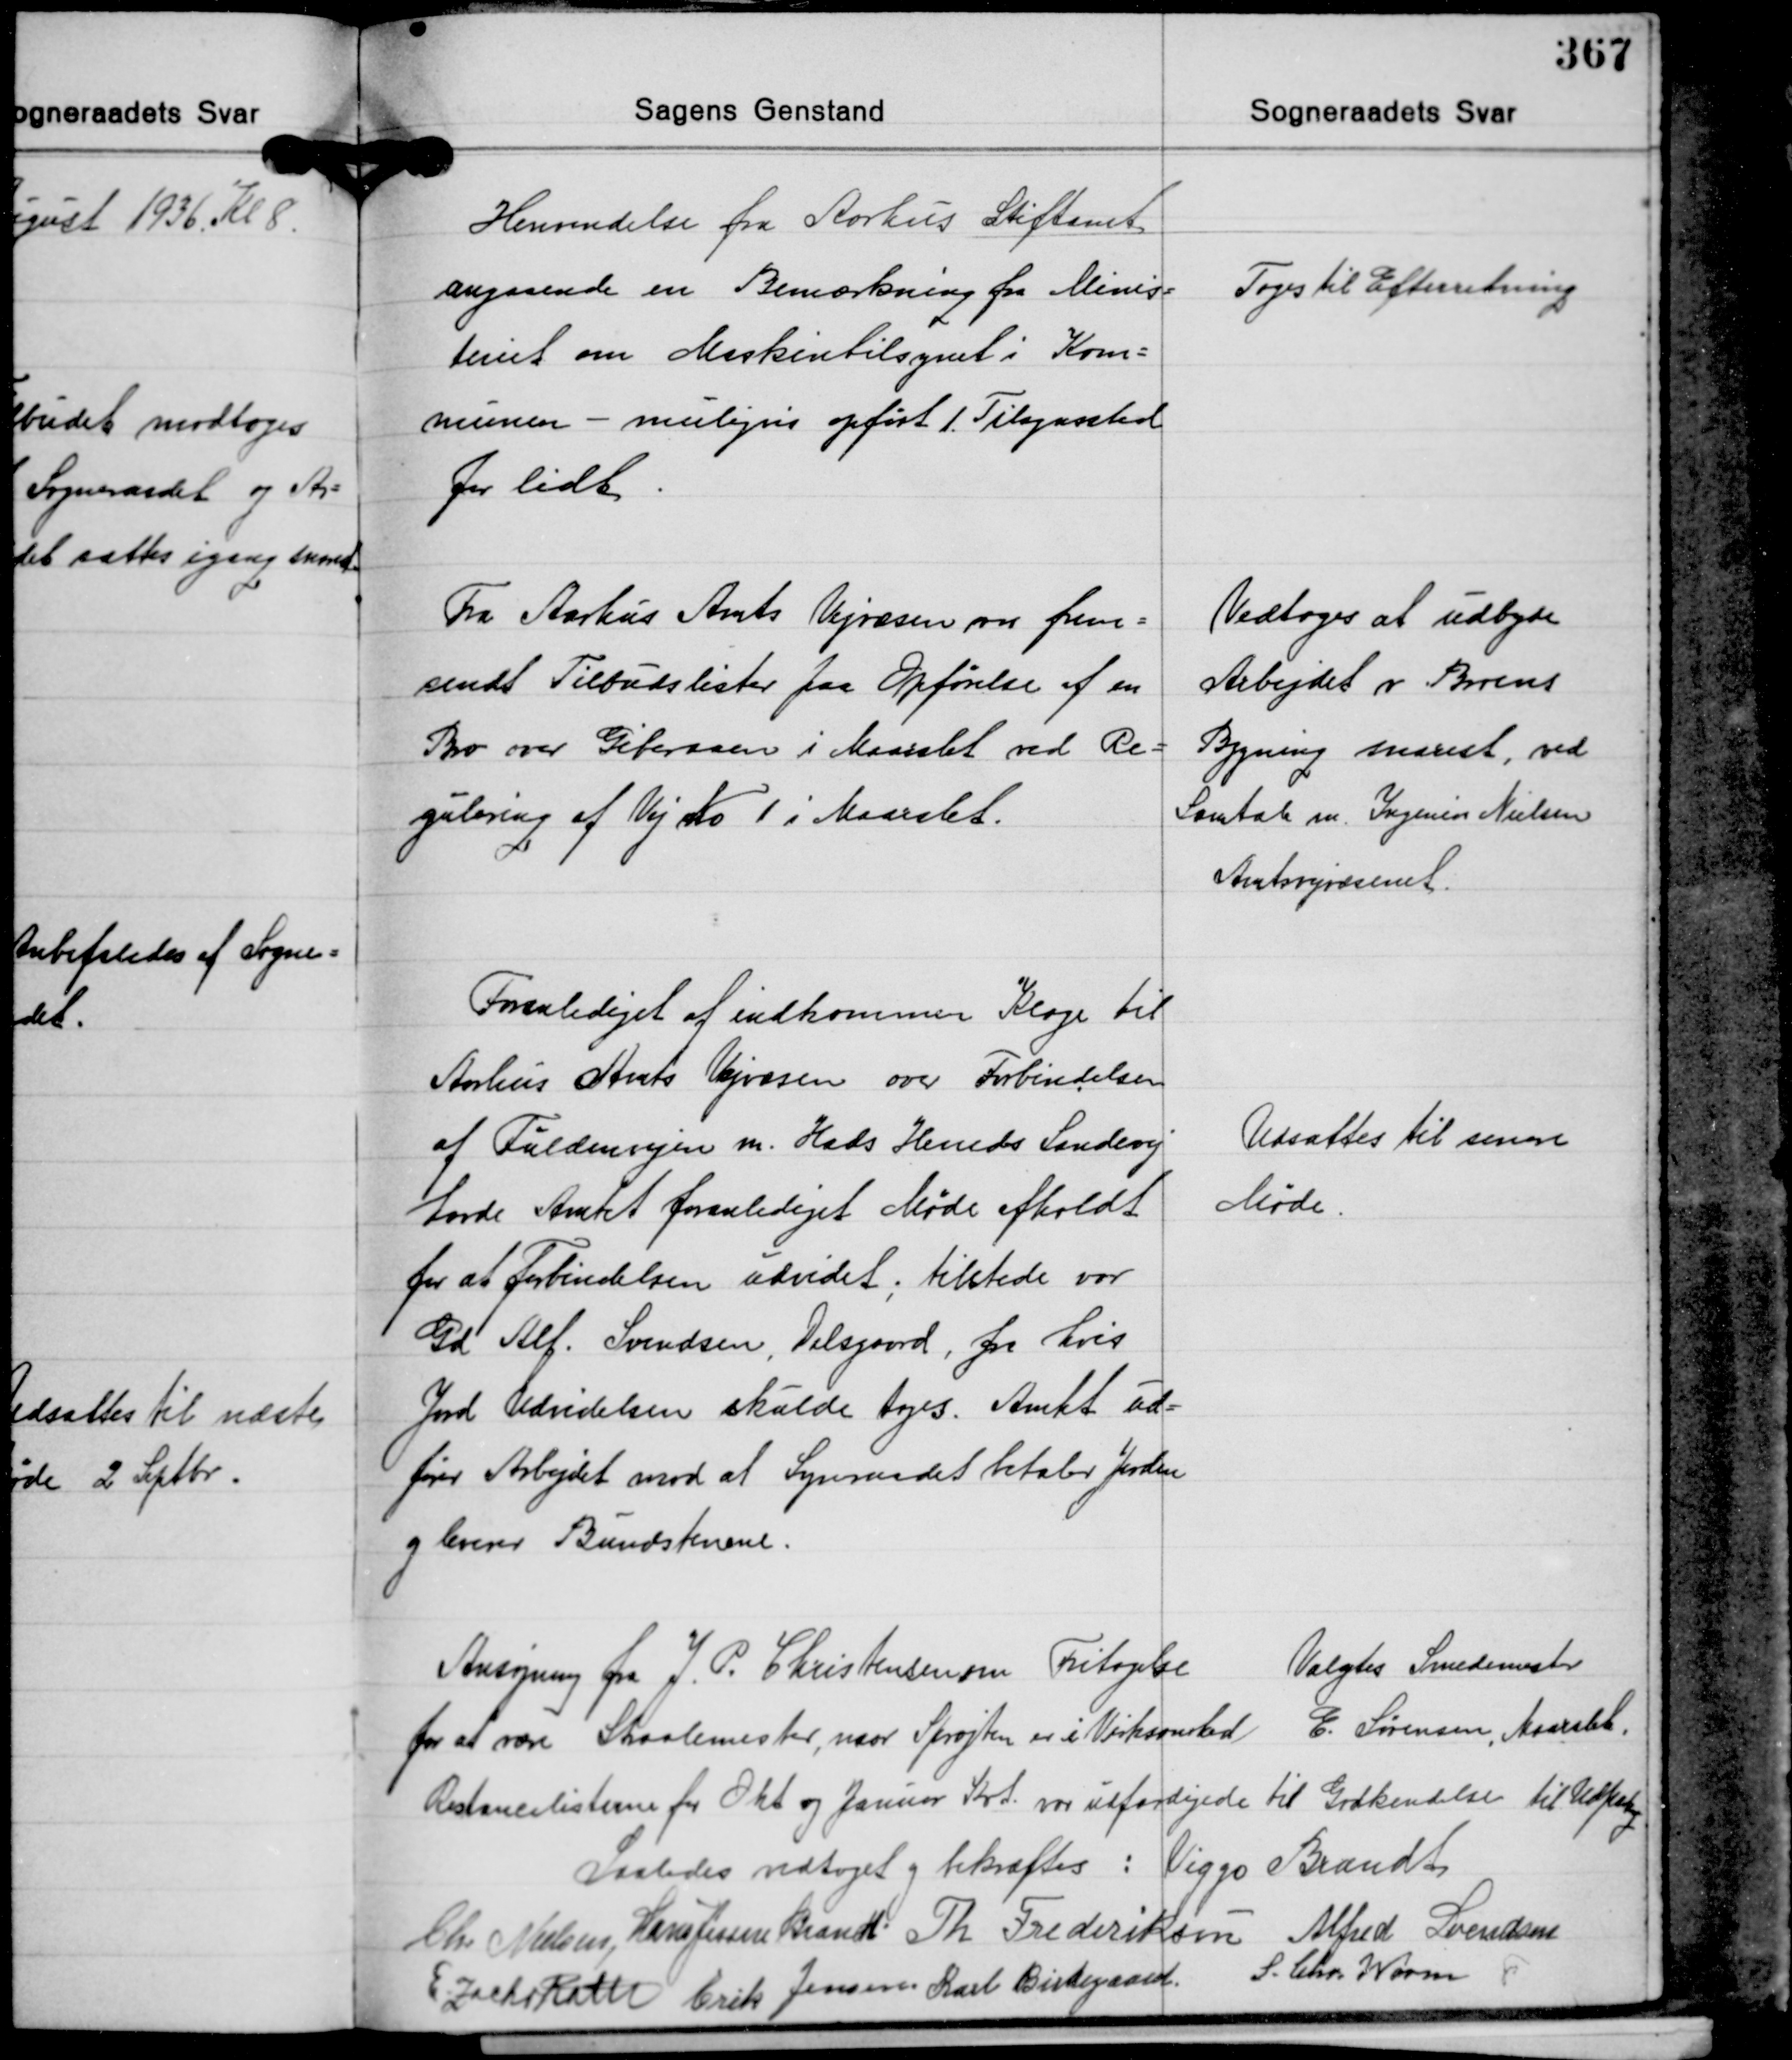
Transskription:
Henvendelse fra Aarhus Stiftamt
angaaende en Bemærkning fra Minis-
teriet om Maskintilsynet i Kom-
munen - muligvis opført 1 Tilsynssted
for lidt

Toges til Efterretning.

Fra Aarhus Amts Vejvæsen var frem-
sendt Tilbudslister paa Opførelse af en
Bro over Giberaaen i Maarslet ved Re-
gulering af Vej No 1 i Maarslet.

Vedtoges at udbyde
Arbejdet v. Broens
Bygning snarest, ved
Samtale m. Ingeniør Nielsen
Amtsvejvæsenet.

Foranlediget af indkommen Klage til
Aarhus Amts Vejvæsen over Forbindelsen
af Fuldenvejen m. Hads Herreds Landevej
havde Amtet foranlediget Møde afholdt
for at forbindelsen udvidet; tilstede var
Gd. Alf. Svendsen, Dalsgaard, fra hvis
Jord Udvidelsen skulde tages. Amtet ud-
fører Arbejdet mod at Sogneraadet betaler Jorden
og leverer Bundstenene.

Udsattes til senere
Møde.

Ansøgning fra J. P. Christensen om Fritagelse
for at være Straalemester, naar Sprøjten er i Virksomhed
Restancslisterne for Okt. og Januar Kvt. var udfærdigede til Godkendelse til Udpantning.

Valgtes Smedemester
E. Sørensen, Maarslet.

Saaledes vedtaget og bekræftes: Viggo Brandt
Chr. Nielsen Hans Jessen Brandt Th. Frederiksen Alfred Svendsen
S. Chr. Worm
Erik Jensen Karl Birkegaard
E. Zacho Rath